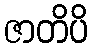
ဇာတိပိ